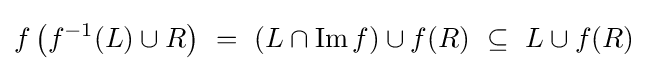
f\left(f^{-1}(L)\cup R\right)~=~(L\cap \operatorname {Im} f)\cup f(R)~\subseteq ~L\cup f(R)